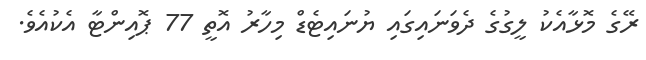
ރޭގެ މޮޅާއެކު ލީގުގެ ދެވަނައިގައި ޔުނައިޓެޑް މިހާރު އޮތީ 77 ޕޮއިންޓާ އެކުއެވެ.